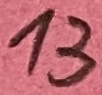
Text: 13